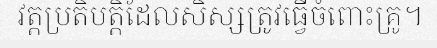
វត្តប្រតិបត្តិដែលសិស្សត្រូវធ្វើចំពោះគ្រូ។